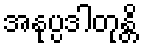
အနုပ္ပဒါတုန္တိ